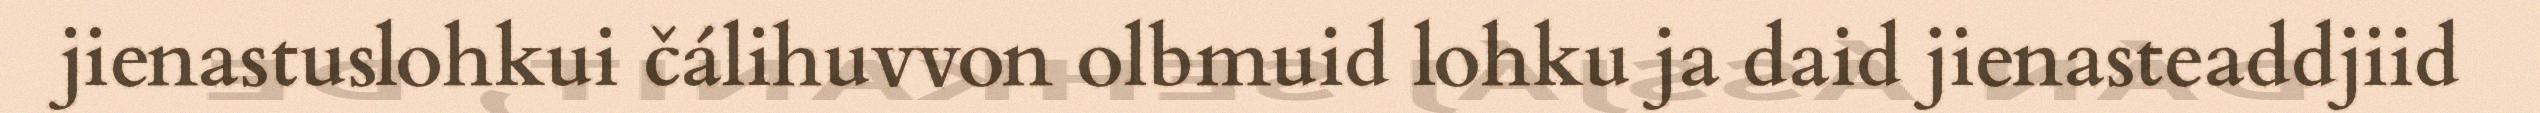
jienastuslohkui čálihuvvon olbmuid lohku ja daid jienasteaddjiid